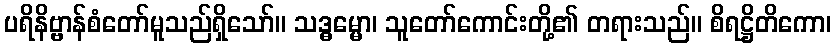
ပရိနိဗ္ဗာန်စံတော်မူသည်ရှိသော်။ သဒ္ဓမ္မော၊ သူတော်ကောင်းတို့၏ တရားသည်။ စိရဋ္ဌိတိကော၊